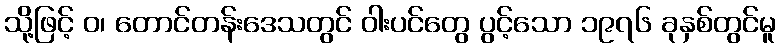
သို့ဖြင့် ဝ၊ တောင်တန်းဒေသတွင် ဝါးပင်တွေ ပွင့်သော ၁၉၇၆ ခုနှစ်တွင်မူ